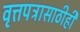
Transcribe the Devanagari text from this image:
वृत्तपत्रासाठीही